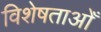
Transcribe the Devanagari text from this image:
विशेषताओँ